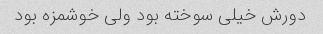
دورش خیلی سوخته بود ولی خوشمزه بود